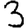
Digit: 3